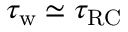
\tau _ { \mathrm { w } } \simeq \tau _ { \mathrm { R C } }